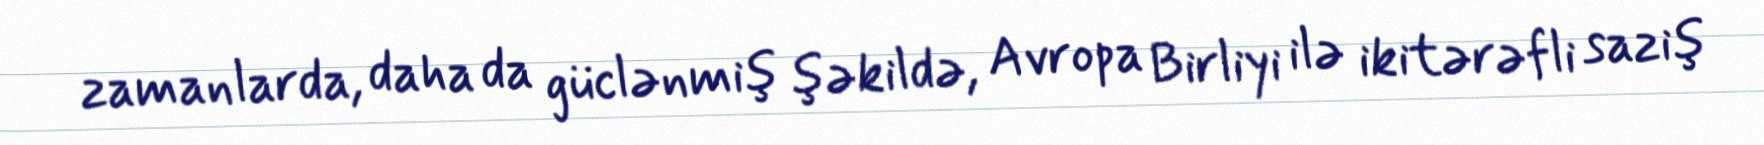
zamanlarda, daha da güclənmiş şəkildə, Avropa Birliyi ilə ikitərəfli saziş